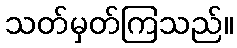
သတ်မှတ်ကြသည်။